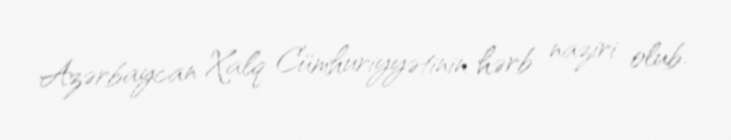
Azərbaycan Xalq Cümhuriyyətinin hərb naziri olub.